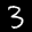
Label: 3